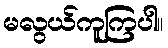
မလွယ်ကူကြပါ။